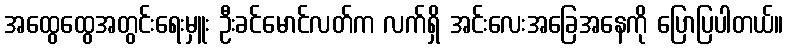
အထွေထွေအတွင်းရေးမှူး ဦးခင်မောင်လတ်က လက်ရှိ အင်းလေးအခြေအနေကို ပြောပြပါတယ်။